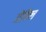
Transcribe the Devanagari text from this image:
ग्रेविल